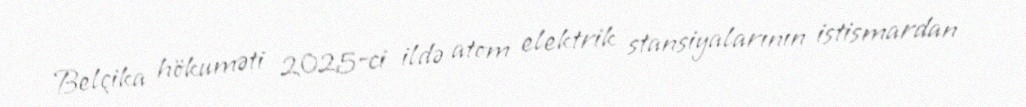
Belçika hökuməti 2025-ci ildə atom elektrik stansiyalarının istismardan